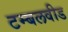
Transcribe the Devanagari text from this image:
टम्बलवीड